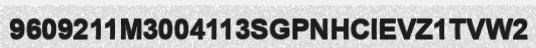
9609211M3004113SGPNHCIEVZ1TVW2